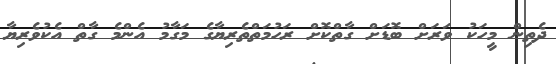
ދެތިން މީހަކު ވަރަށް ބޮޑަށް ގާތްކޮށް ރަހުމަތްތެރިޔާގެ މަގާމު އެންމެ ގާތް އެކުވެރިޔާ